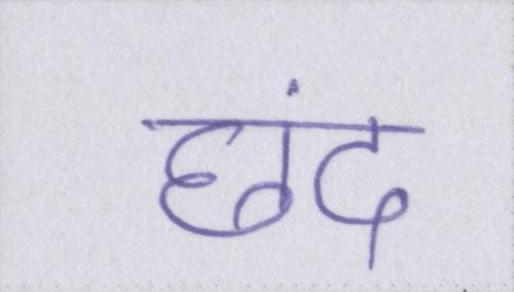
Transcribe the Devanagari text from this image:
छंद